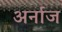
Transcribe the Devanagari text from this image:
अर्नाज